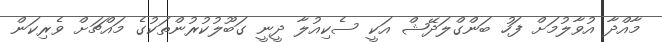
މާއްދާ އުވާލުމަށް ފަހު ބަންގްލަދޭޝް އަކީ ސެކިއުލާ ދީނީ ގަބޫލުކުރުންތަކުގެ މައްޗަށް ވެރިކަން